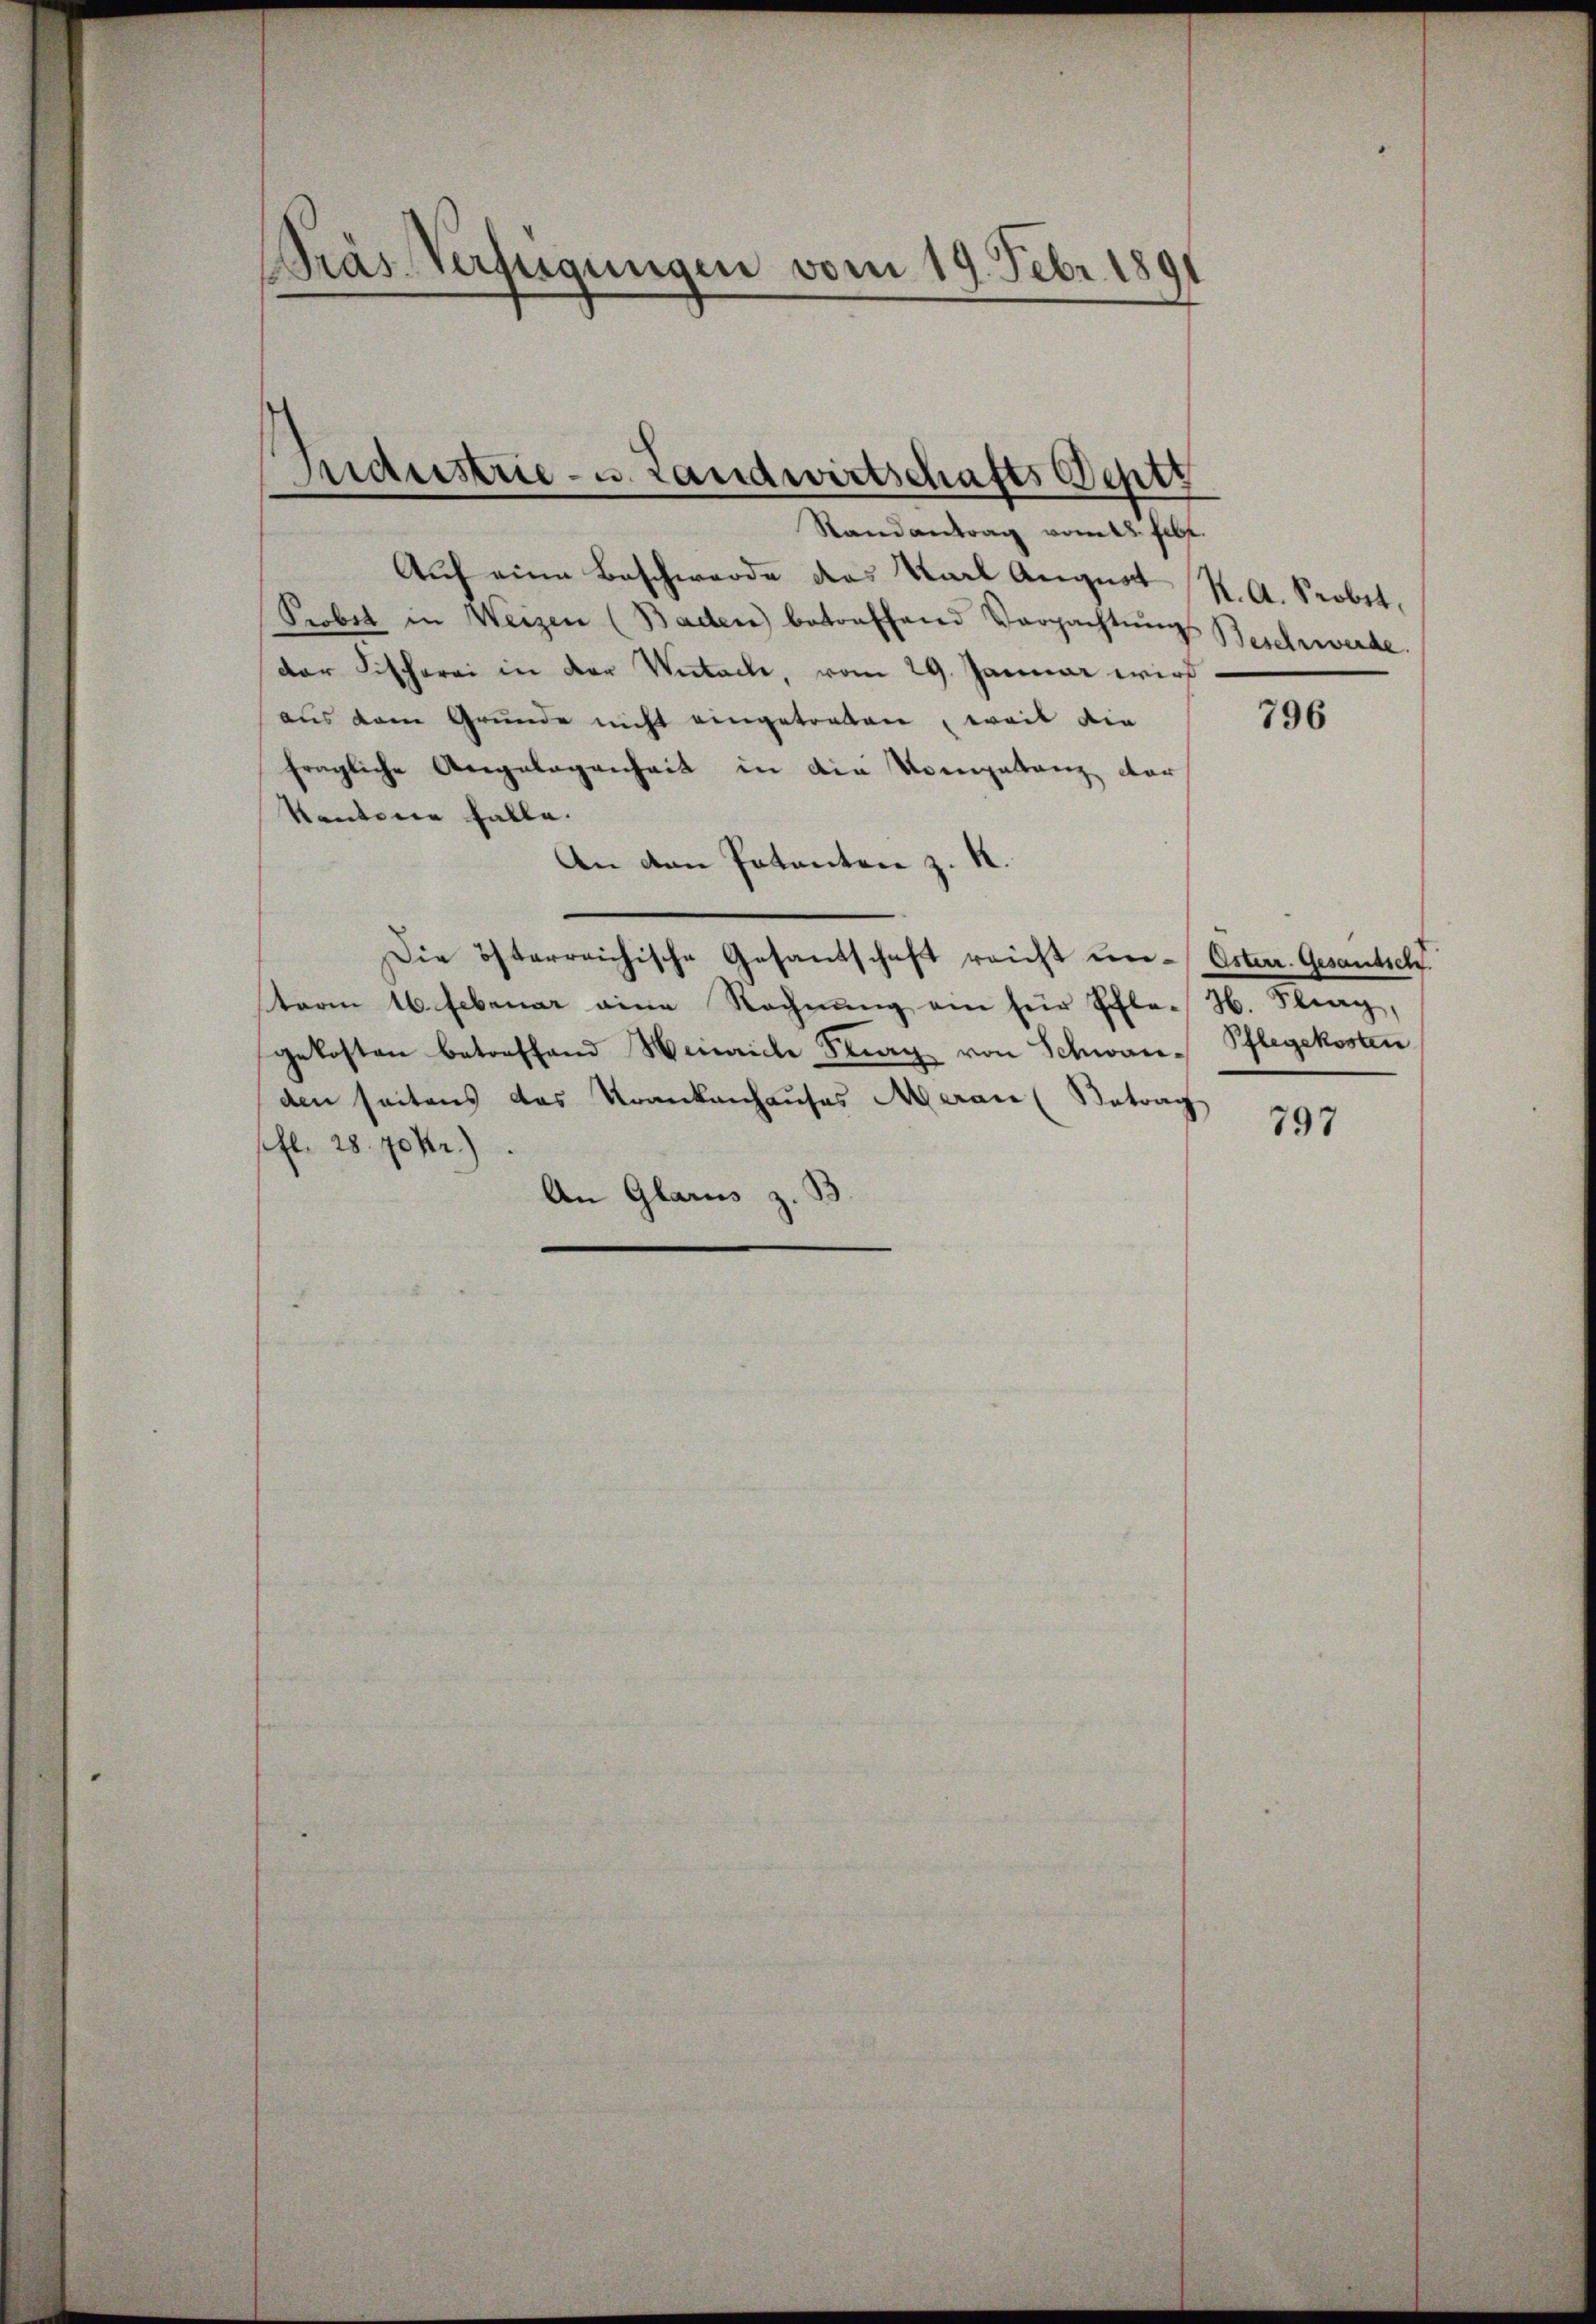
Pras Verfügungen vom 19. Febr. 1891

Randantrag vom 22. Febr.
Auch eine Beschwerde des Karl August K. A. Sobet,
Probst in Weizen (Baden) betreffend Verpachtŭngs Beschwerde.
der Fischerei in der Wutach, vom 29. Januar wird
aus dem Grunde nicht eingetreten, weil die
fragliche Angelegenheit in die Kompetenz dar¬
Kantone falle.
An den Patenten z. K.
Die österreichische Gesandschaft reicht un- Österr. Gesandsch
term 16. Februar eine Rechnung ein für Pfle-H. Strag,
gekosten betreffend Henaiche Flury von Schwanden seitens das Krankenhauses Meran (Betrag
sfl. 28. 70kr.)
An Glarus z. B.

Industrie- u. Landwirtschafts Sept

796

Pflegekosten

797